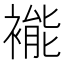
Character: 褦